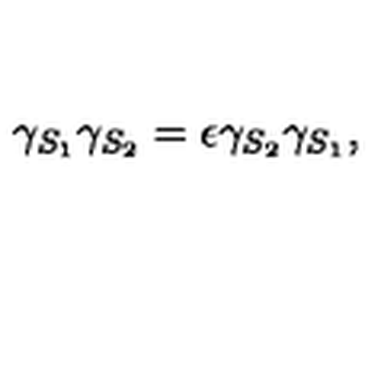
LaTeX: \gamma _ { S _ { 1 } } \gamma _ { S _ { 2 } } = \epsilon \gamma _ { S _ { 2 } } \gamma _ { S _ { 1 } } ,